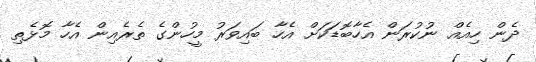
ދެން ހިއެއް ނުކުރަން އެހާބޮޑަކަށް އެހާ ބައިވަރު މީހުންގެ ތެރެއިން އެހާ މޮޅެތި